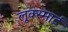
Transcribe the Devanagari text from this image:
लूक्स्मार्ट